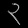
Digit: ၃